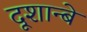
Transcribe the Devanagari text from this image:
दूशान्बे